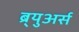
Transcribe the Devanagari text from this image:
ब्र्युअर्स